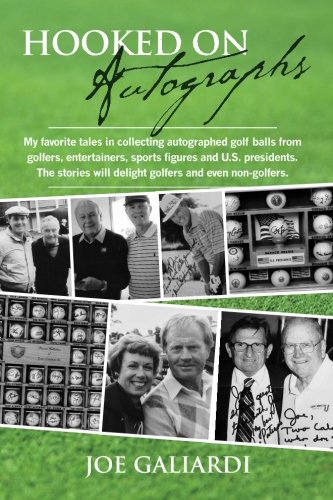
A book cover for Hooked On Autographs: My favorite tales in collecting autographed golf balls from golfers, entertainers, sports figures and U.S. presidents. The stories will delight golfers and even non-golfers.; Joe Galiardi; Crafts, Hobbies & Home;